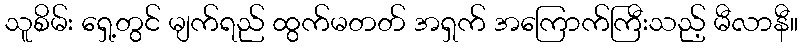
သူစိမ်း ရှေ့တွင် မျက်ရည် ထွက်မတတ် အရှက် အကြောက်ကြီးသည့် မီလာနီ။